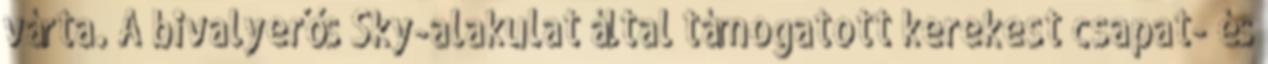
várta. A bivalyerős Sky-alakulat által támogatott kerekest csapat- és